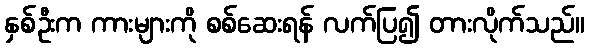
နှစ်ဦးက ကားများကို စစ်ဆေးရန် လက်ပြ၍ တားလိုက်သည်။